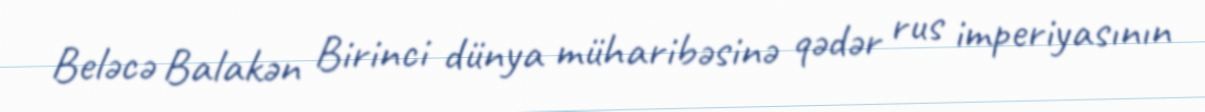
Beləcə Balakən Birinci dünya müharibəsinə qədər rus imperiyasının